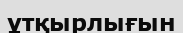
ұтқырлығын